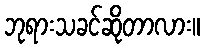
ဘုရားသခင်ဆိုတာလား။